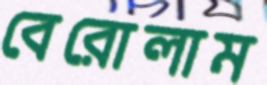
বেরোলাম